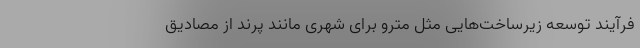
فرآیند توسعه زیرساخت‌هایی مثل مترو برای شهری مانند پرند از مصادیق